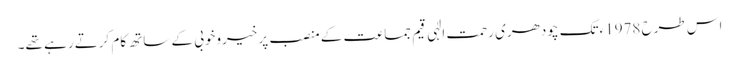
اس طرح 1978ءتک چودھری رحمت الٰہی قیم جماعت کے منصب پر خیروخوبی کے ساتھ کام کرتے رہے تھے۔